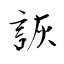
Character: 詼